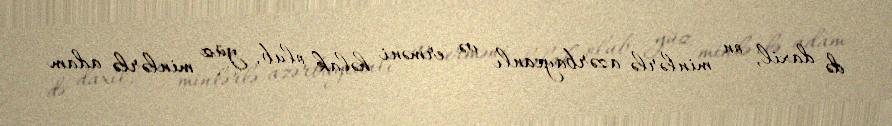
də daxil, on minlərlə azərbaycanlı və erməni həlak olub, yüz minlərlə adam